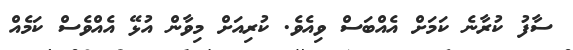
ސާފު ކުރާނެ ކަމަށް އެއްބަސް ވިއެވެ. ކުރިއަށް މިވާން އުޅޭ އެއްވެސް ކަމެއް